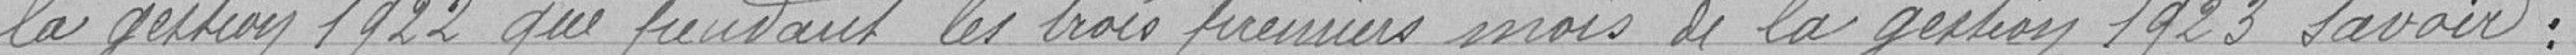
la gestion 1922 que pendant les trois premiers mois de la gestion 1923 savoir: